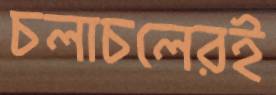
চলাচলেরই